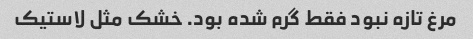
مرغ تازه نبود فقط گرم شده بود. خشک مثل لاستیک